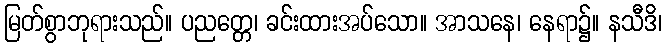
မြတ်စွာဘုရားသည်။ ပညတ္တေ၊ ခင်းထားအပ်သော။ အာသနေ၊ နေရာ၌။ နသီဒိ၊